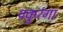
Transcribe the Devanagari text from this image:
पकुरंगा